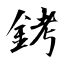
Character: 銬